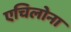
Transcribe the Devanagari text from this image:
एचिलोना